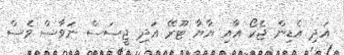
އަދި އެޑިން ޖެކޯ އާއި ޔާޔާ ޓޫރޭ އަދި ޖީސަސް ނަވާސް ވެސް